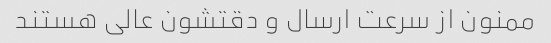
ممنون از سرعت ارسال و دقتشون عالی هستند